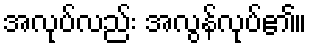
အလုပ်လည်း အလွန်လုပ်၏။